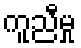
ကူညီမှု